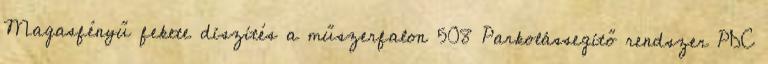
Magasfényű fekete díszítés a műszerfalon 508 Parkolássegítő rendszer PDC